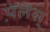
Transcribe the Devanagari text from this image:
प़ॅलॆस्